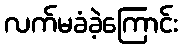
လက်မခံခဲ့ကြောင်း